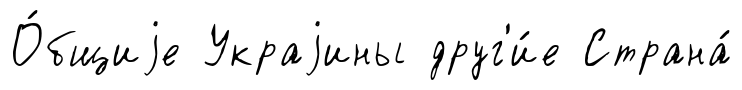
О́бщиjе Украjины друг'и́е Страна́